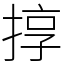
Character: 㨃